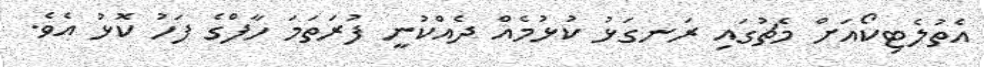
އެތުލެޓިކޯއަށް މެޗުގައި ރަނގަޅު ކުޅުމެއް ދެއްކުނީ ފުރަތަމަ ހާފްގެ ފަހު ކޮޅު އެވެ.